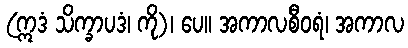
(ဣဒံ သိက္ခာပဒံ၊ ကို)၊ ပေ။ အကာလစီဝရံ၊ အကာလ